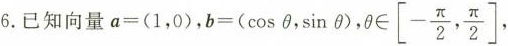
6.已知向量$$a = ( 1 ， 0 )$$，$$b = ( \cos \theta , \sin \theta ) , \theta \in \left [ - \frac { \pi } { 2 } , \frac { \pi } { 2 } \right ]$$，